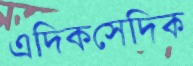
এদিকসেদিক